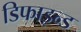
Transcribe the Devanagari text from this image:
डिफाइन्ड